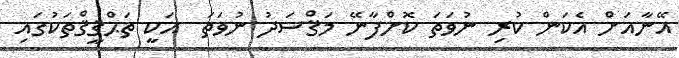
އޭނާއަށް އެކަން ކުރި ނުވަތަ ކޮށްފާނޭ މަޤްސަދު ނުވަތަ  އަކީ ތަޙްޤީޤްތަކުގައި